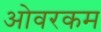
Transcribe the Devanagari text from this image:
ओवरकम